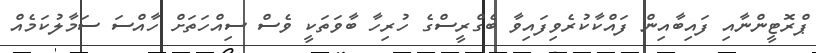
ޕްރޮޓީންނާއި ފައިބާއިން ފައްކާކުރެވިފައިވާ ބެގްރީސްގެ ހުރިހާ ބާވަތަކީ ވެސް ސިއްހަތަށް ހާއްސަ ސަމާލުކަމެއް